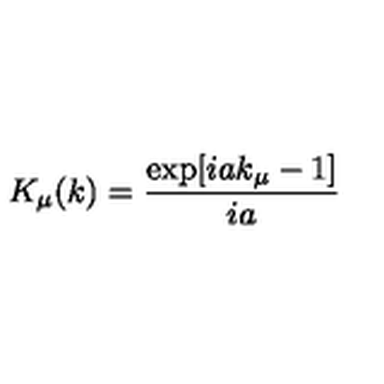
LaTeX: K _ { \mu } ( k ) = \frac { \exp [ i a k _ { \mu } - 1 ] } { i a }